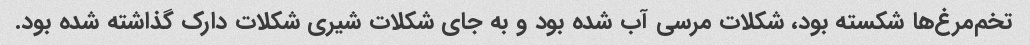
تخم‌مرغ‌ها شکسته بود، شکلات مرسی آب شده بود و به جای شکلات شیری شکلات دارک گذاشته شده بود.